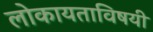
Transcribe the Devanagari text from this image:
लोकायताविषयी